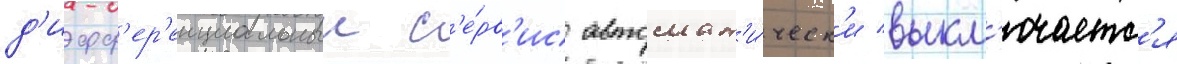
д'ифф'ер'енциальныи с'е́рв'ис автомат'и́ческ'и выкл'ючаетс'я